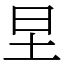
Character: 圼